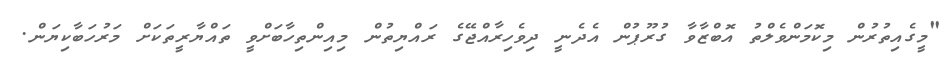
"މީގެއިތުރުން މިކޮމަންވެލްތު އޮބްޒާވާ ގުރޫޕުން އެދެނީ ދިވެހިރާއްޖޭގެ ރައްޔިތުން މިއިންތިހާބަށްވީ ތައްޔާރީތަކަށް މަރުހަބާކިޔަން.